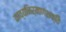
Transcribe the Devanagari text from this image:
काव्यनिर्माणशक्ति